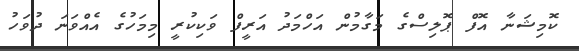
ކޮމިޝަނާ އޮފް ޕޮލިސްގެ މަގާމުން އަހްމަދު އަރީފް ވަކިކުރީ މިމަހުގެ އެއްވަނަ ދުވަހު